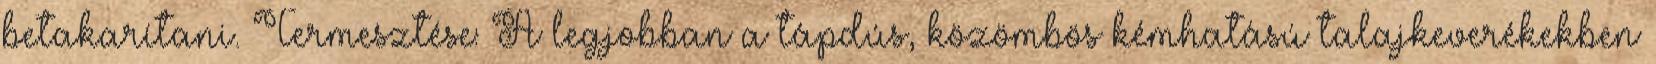
betakarítani. Termesztése: A legjobban a tápdús, közömbös kémhatású talajkeverékekben